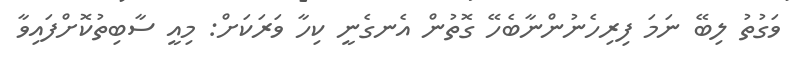
ވަގުތު ލިބޭ ނަމަ ފިރިހެނުންނާބެހޭ ގޮތުން އެނގެނީ ކިހާ ވަރަކަށް: މިއީ ސާބިތުކޮށްފައިވާ